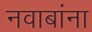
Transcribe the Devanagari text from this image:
नवाबांना